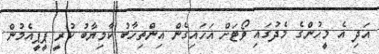
އަދި އެ މީހުންގެ މެދުގައި ވޯޓަށް އަހައިގެން އިންތިހާބު ކާމިޔާބު ކުރީ ޕީޕީއެމުން